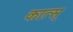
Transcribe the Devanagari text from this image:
कात्स्